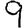
Digit: 9